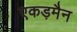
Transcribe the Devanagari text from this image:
एकड़मैन